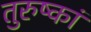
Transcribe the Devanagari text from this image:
तुरुष्कां